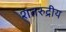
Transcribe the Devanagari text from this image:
शतरुद्रीय